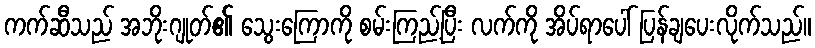
ကက်ဆီသည် အဘိုးဂျုတ်၏ သွေးကြောကို စမ်းကြည့်ပြီး လက်ကို အိပ်ရာပေါ် ပြန်ချပေးလိုက်သည်။